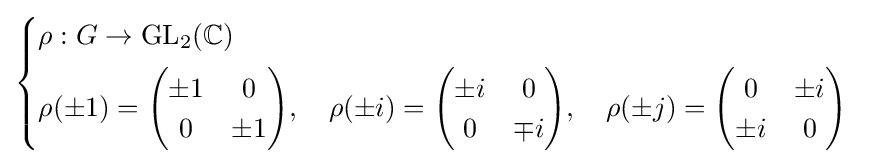
{\begin{cases}\rho :G\to {\text{GL}}_{2}(\mathbb {C} )\\[4pt]\rho (\pm 1)={\begin{pmatrix}\pm 1&0\\0&\pm 1\end{pmatrix}},\quad \rho (\pm i)={\begin{pmatrix}\pm i&0\\0&\mp i\end{pmatrix}},\quad \rho (\pm j)={\begin{pmatrix}0&\pm i\\\pm i&0\end{pmatrix}}\end{cases}}